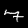
Digit: 7